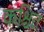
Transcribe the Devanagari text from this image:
कश्चित